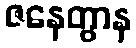
ဇနေတွာန